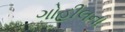
ગોહીલના